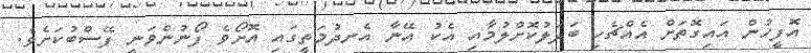
އޮފީހުން އައިގޮތަށް އެއްޗެހި ބަދަލުކޮށްލުމާއި އެކު އޭނާ އެނދުމަތީގައި އޮށޯވެ ފޯނުންވަނީ ފޭސްބުކަށެވެ.